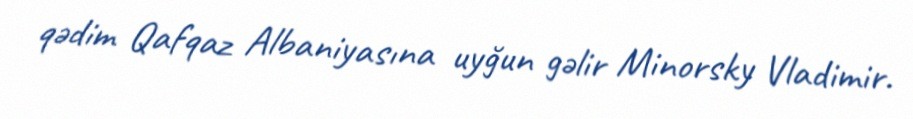
qədim Qafqaz Albaniyasına uyğun gəlir Minorsky Vladimir.